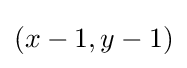
\textstyle (x-1,y-1)